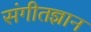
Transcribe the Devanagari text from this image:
संगीतज्ञान